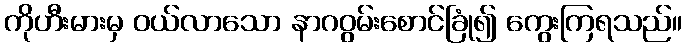
ကိုဟီးမားမှ ဝယ်လာသော နာဂဝွမ်းစောင်ခြုံ၍ ကွေးကြရသည်။